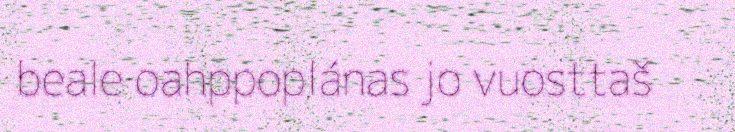
beale oahppoplánas jo vuosttaš